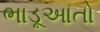
ભાડૂઆતો